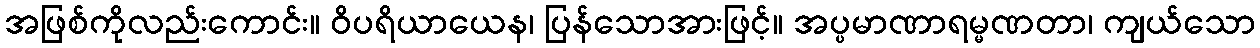
အဖြစ်ကိုလည်းကောင်း။ ဝိပရိယာယေန၊ ပြန်သောအားဖြင့်။ အပ္ပမာဏာရမ္မဏတာ၊ ကျယ်သော